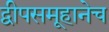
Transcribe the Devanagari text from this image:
द्वीपसमूहानेच